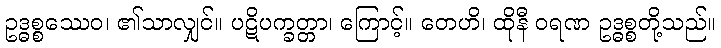
ဥဒ္ဓစ္စဿေဝ၊ ၏သာလျှင်။ ပဋိပက္ခတ္တာ၊ ကြောင့်။ တေဟိ၊ ထိုနီ ဝရဏ ဥဒ္ဓစ္စတို့သည်။